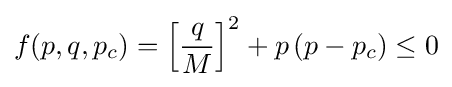
f(p,q,p_{c})=\left[{\frac {q}{M}}\right]^{2}+p\,(p-p_{c})\leq 0